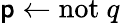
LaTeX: \mathsf{p}\leftarrow\mathrm{{not}}~q